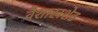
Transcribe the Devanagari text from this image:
वैशाखशेठ